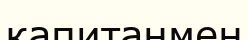
капитанмен